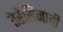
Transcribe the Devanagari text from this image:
तेरेसिनाची